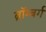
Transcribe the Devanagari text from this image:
ब्रॉम्बर्ग